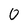
Character: 0